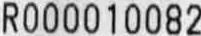
R000010082